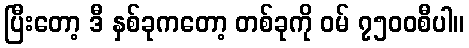
ပြီးတော့ ဒီ နှစ်ခုကတော့ တစ်ခုကို ဝမ် ၇၅၀၀စီပါ။